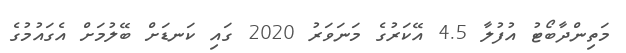
މަތިންދާބޯޓު އުފުލާ 4.5 އޭކަރުގެ މަނަވަރު 2020 ގައި ކަނޑަށް ބޭލުމަށް އެގައުމުގެ